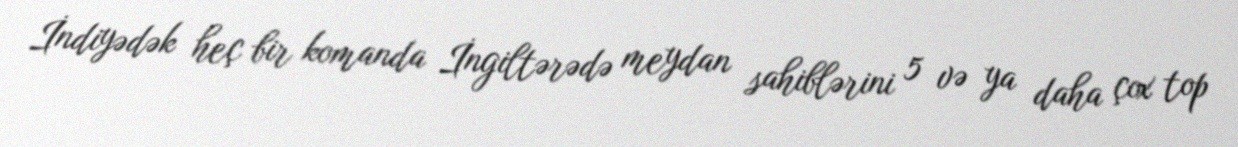
İndiyədək heç bir komanda İngiltərədə meydan sahiblərini 5 və ya daha çox top